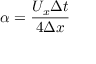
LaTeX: \alpha = { \frac { U _ { x } \Delta t } { 4 \Delta x } }